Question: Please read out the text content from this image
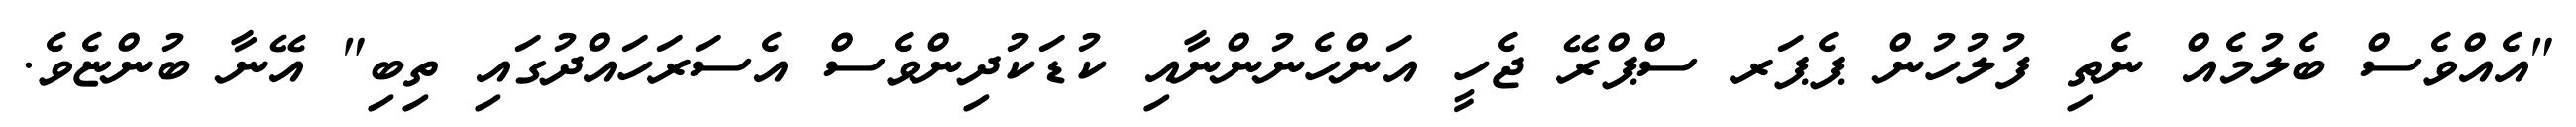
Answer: "އެއްވެސް ބެލުމެއް ނެތި ފުލުހުން ޕެޕަރ ސްޕްރޭ ޖެހީ އަންހެނުންނާއި ކުޑަކުދިންވެސް އެސަރަހައްދުގައި ތިބި" އޭނާ ބުންޏެވެ.